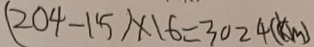
( 2 0 4 - 1 5 ) \times 1 6 = 3 0 2 4 ( k m )